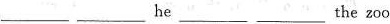
___ ___ he___ ___the zoo